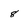
Character: 8